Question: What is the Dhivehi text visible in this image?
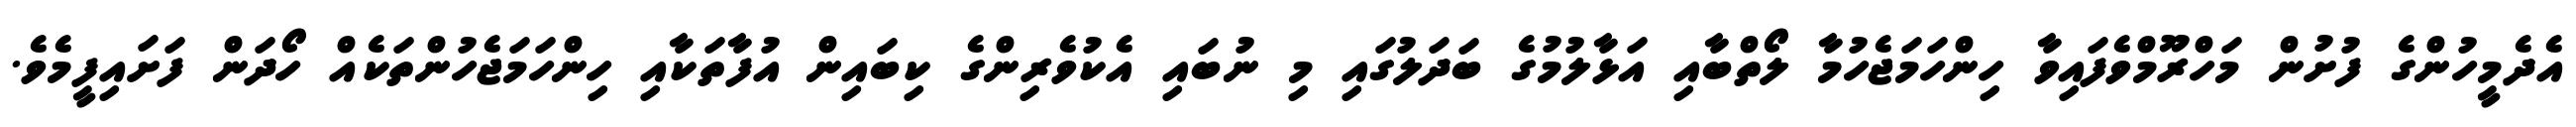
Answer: އެދެމީހުންގެ ފުށުން މަހްރޫމްވެފައިވާ ހިންހަމަޖެހުމާ ލޯތްބާއި އަޅާލުމުގެ ބަދަލުގައި މި ނުބައި އެކުވެރިންގެ ކިބައިން އުފާތަކާއި ހިންހަމަޖެހުންތަކެއް ހޯދަން ފަށައިފީމެވެ.